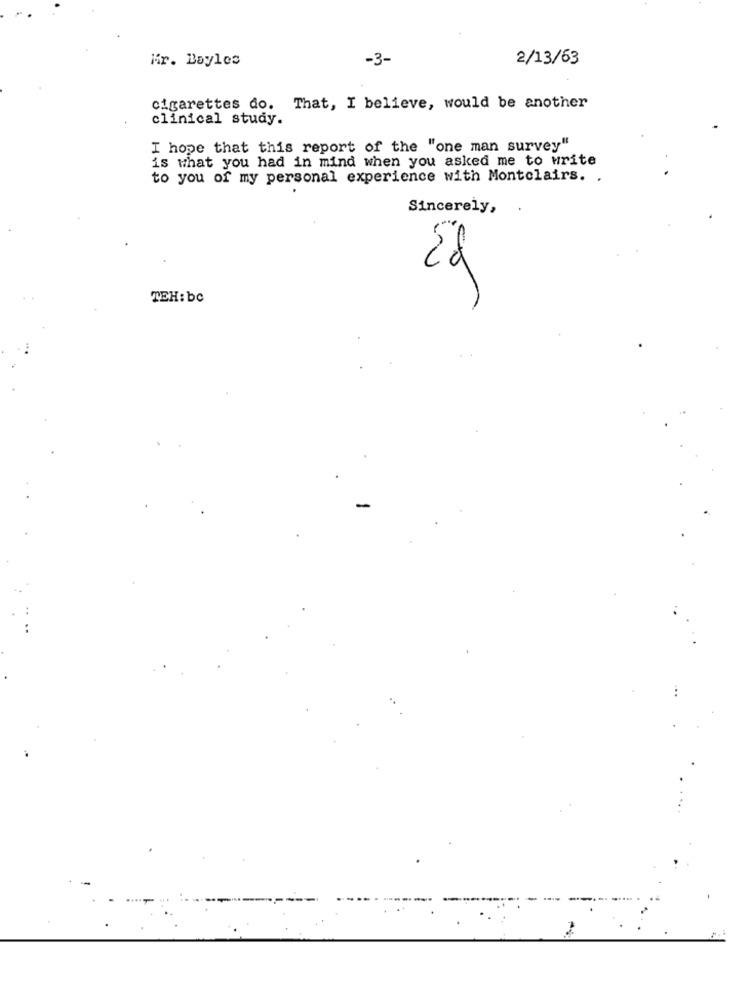
Mr. Bayles
-3-
2/13/63
cigarettes do. That, I believe, would be another
clinical study.
I hope that this report of the "one man survey"
is what you had in mind when you asked me to write
to you of my personal experience with Montclairs. .
Sincerely,
Ed
TEH: bc